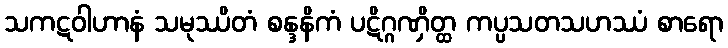
သကဋဝါဟာနံ သမုဿိတံ စန္ဒနိကံ ပဋိဂ္ဂဏှိတ္ထ ကပ္ပသတသဟဿံ စာရော